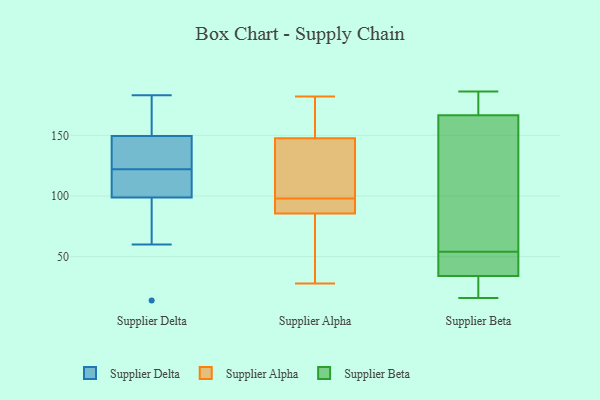
{"axis": {"x": "Temperature (°C)", "y": "Value"}, "legend": ["Supplier Alpha", "Supplier Beta", "Supplier Delta"], "data": [{"x": "", "y": 100, "type": "Supplier Delta"}, {"x": "", "y": 95, "type": "Supplier Delta"}, {"x": "", "y": 143, "type": "Supplier Delta"}, {"x": "", "y": 135, "type": "Supplier Delta"}, {"x": "", "y": 109, "type": "Supplier Delta"}, {"x": "", "y": 109, "type": "Supplier Delta"}, {"x": "", "y": 176, "type": "Supplier Delta"}, {"x": "", "y": 122, "type": "Supplier Delta"}, {"x": "", "y": 183, "type": "Supplier Delta"}, {"x": "", "y": 169, "type": "Supplier Delta"}, {"x": "", "y": 14, "type": "Supplier Delta"}, {"x": "", "y": 60, "type": "Supplier Delta"}, {"x": "", "y": 141, "type": "Supplier Delta"}, {"x": "", "y": 103, "type": "Supplier Alpha"}, {"x": "", "y": 182, "type": "Supplier Alpha"}, {"x": "", "y": 69, "type": "Supplier Alpha"}, {"x": "", "y": 115, "type": "Supplier Alpha"}, {"x": "", "y": 86, "type": "Supplier Alpha"}, {"x": "", "y": 89, "type": "Supplier Alpha"}, {"x": "", "y": 28, "type": "Supplier Alpha"}, {"x": "", "y": 174, "type": "Supplier Alpha"}, {"x": "", "y": 93, "type": "Supplier Alpha"}, {"x": "", "y": 121, "type": "Supplier Alpha"}, {"x": "", "y": 178, "type": "Supplier Alpha"}, {"x": "", "y": 85, "type": "Supplier Alpha"}, {"x": "", "y": 159, "type": "Supplier Beta"}, {"x": "", "y": 16, "type": "Supplier Beta"}, {"x": "", "y": 90, "type": "Supplier Beta"}, {"x": "", "y": 46, "type": "Supplier Beta"}, {"x": "", "y": 37, "type": "Supplier Beta"}, {"x": "", "y": 54, "type": "Supplier Beta"}, {"x": "", "y": 169, "type": "Supplier Beta"}, {"x": "", "y": 22, "type": "Supplier Beta"}, {"x": "", "y": 186, "type": "Supplier Beta"}, {"x": "", "y": 33, "type": "Supplier Beta"}, {"x": "", "y": 175, "type": "Supplier Beta"}]}